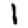
Digit: 1